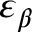
\varepsilon _ { \beta }